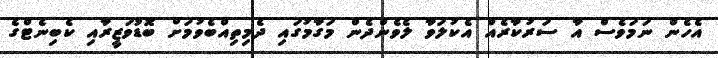
އެހެން ނަމަވެސް އާ ސަރުކާރެއް އެކުލަވާ ލެވެންދެން މަގާމުގައި ދެމިތިއްބެވުމަށް ބޮޑުވަޒީރާއި ކެބިނެޓްގެ